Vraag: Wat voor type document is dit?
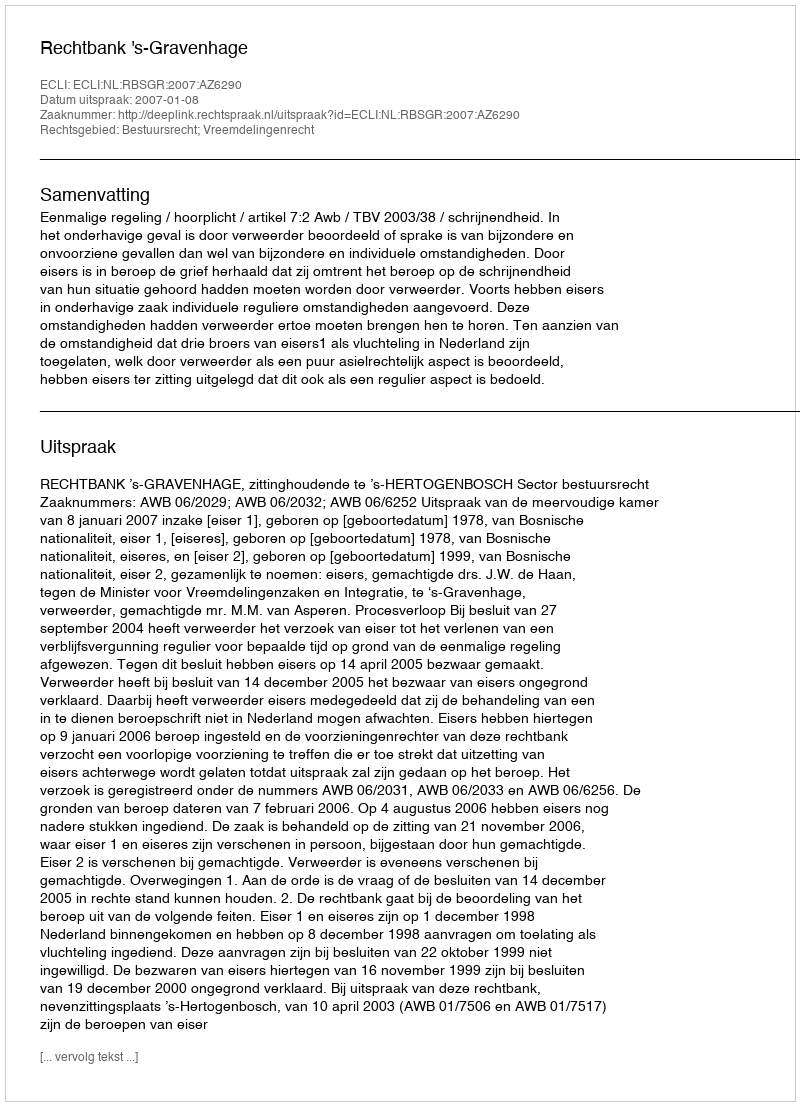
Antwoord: Uitspraak